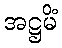
အဋ္ဌမိံ